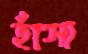
হাঁসা